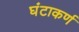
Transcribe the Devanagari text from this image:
घंटाकर्ण